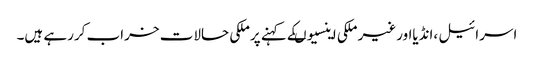
اسرائیل ،انڈیااورغیر ملکی اینسیوںکے کہنے پرملکی حالات خراب کررہے ہیں۔